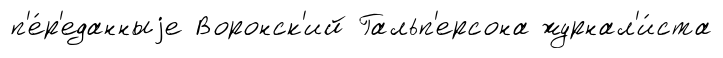
п'е́р'еданныjе Воронск'ий Гальп'ерсона журнал'и́ста